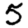
Digit: 5